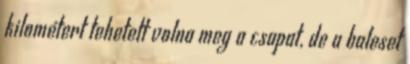
kilométert tehetett volna meg a csapat, de a baleset